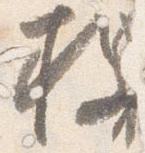
枚